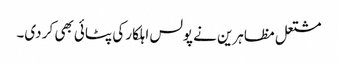
مشتعل مظاہرین نے پولس اہلکار کی پٹائی بھی کر دی۔